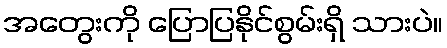
အတွေးကို ပြောပြနိုင်စွမ်းရှိ သားပဲ။